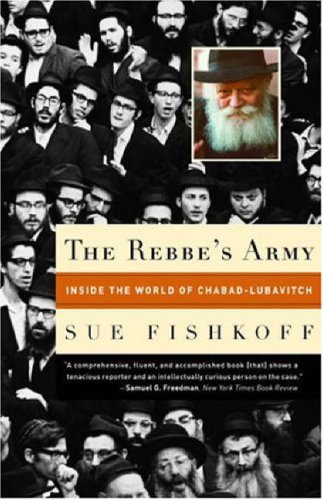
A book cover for The Rebbe's Army: Inside the World of Chabad-Lubavitch; Sue Fishkoff; Religion & Spirituality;